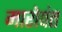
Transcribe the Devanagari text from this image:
मारोपंत